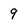
Character: 9